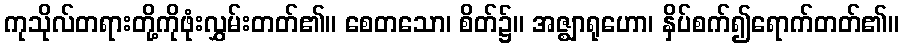
ကုသိုလ်တရားတို့ကိုဖုံးလွှမ်းတတ်၏။ စေတသော၊ စိတ်၌။ အဇ္ဈာရုဟော၊ နှိပ်စက်၍ရောက်တတ်၏။